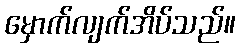
မှောက်လျက်အိပ်သည်။